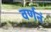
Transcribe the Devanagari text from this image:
वर्णनं